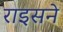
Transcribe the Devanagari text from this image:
राइसने